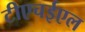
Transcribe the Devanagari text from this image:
टीएचईएल